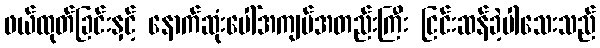
ဖယ်ထုတ်ခြင်းနှင့် နောက်ဆုံးပေါ်အကျပ်အတည်းကြီး ငြင်းဆန်ခဲ့ပါသေးသည်